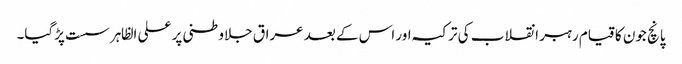
پانچ جون کا قیام رہبر انقلاب کی ترکیہ اور اس کے بعد عراق جلاوطنی پر علی الظاہر سست پڑگیا۔